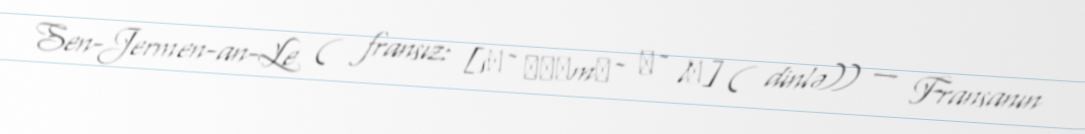
Sen-Jermen-an-Le ( fransız: [sɛ̃ ʒɛʁmɛ̃ ɑ̃ lɛ] ( dinlə)) — Fransanın